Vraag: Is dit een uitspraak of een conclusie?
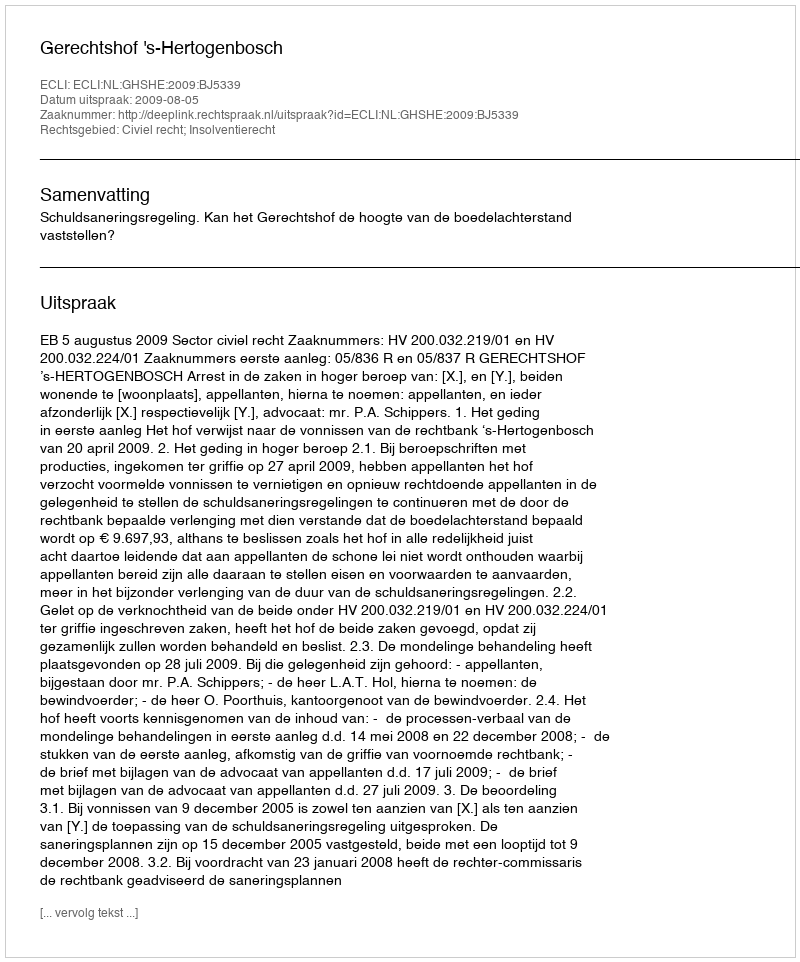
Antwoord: Uitspraak